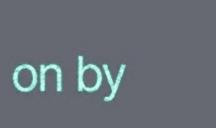
on by